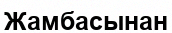
Жамбасынан